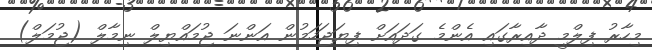
މިހާރު ފިލްމީ ދާއިރާގައި އެންމެ ގަދައަށް ފިޔަޖަހަމުން އަންނަ ޖުމައްޔިލް ނިމާލް (ޖުމަލް)